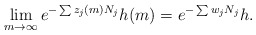
\begin{align*}\lim_{m \to \infty} e^{-\sum z_j(m) N_j} h(m) = e^{-\sum w_j N_j} h.\end{align*}